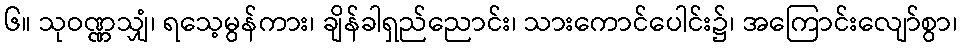
၆။ သုဝဏ္ဏသျှံ၊ ရသေ့မွန်ကား၊ ချိန်ခါရှည်ညောင်း၊ သားကောင်ပေါင်း၌၊ အကြောင်းလျော်စွာ၊